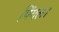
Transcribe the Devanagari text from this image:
पिंगल।